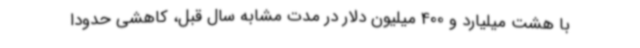
با هشت میلیارد و 400 میلیون دلار در مدت مشابه سال قبل، کاهشی حدودا